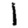
Digit: 1